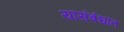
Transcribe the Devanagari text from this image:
यांसंबंधांत